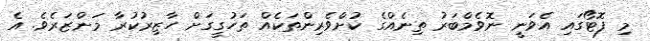
މި ފޮޓޯގައި އެވަނީ ނޮވެމްބަރު ތިނެއްގެ ކުށްވެރިންތަކެއް ތަހުގީގަށް ހާޒިރުކުރާ މަންޒަރެވެ. އެ